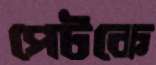
পেটকে